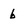
Character: b